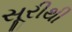
સૂરીથી